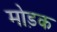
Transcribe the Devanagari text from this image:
मोड़क